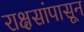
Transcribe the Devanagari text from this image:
राक्षसांपासून